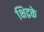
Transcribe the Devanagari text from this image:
क्षिद्रके